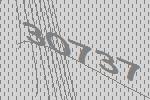
30737